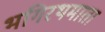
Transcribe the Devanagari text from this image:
भगिरथमाता